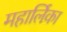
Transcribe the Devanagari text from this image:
महार्लिका